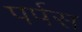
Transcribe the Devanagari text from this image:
पर्पस